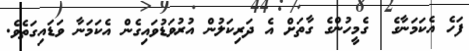
ފަހެ އެކަމަނާގެ  ގެމީހުންގެ ގާތަށް އެ ދަރިކަލުން އުރުވަޑުވައިގެން އެކަމަނާ ވަޑައިގަތެވެ.